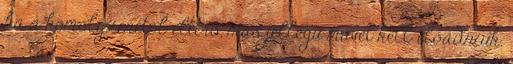
ha a komolyzenétől eltérő, más jellegű művet kell előadniuk.